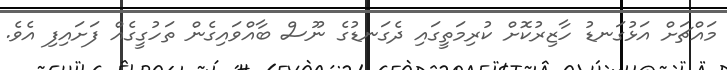
މައްޗަށް އަޅުގަނޑު ހާޒިރުކޮށް ކުރިމަތީގައި ދެގަނޑުގެ ނޫސް ބާއްވައިގެން ތަހުގީގެއް ފަށައިފި އެވެ.